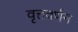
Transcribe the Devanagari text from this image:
वृत्तवर्णन